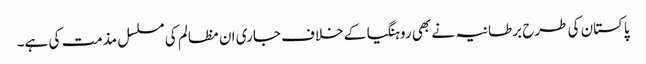
پاکستان کی طرح برطانیہ نے بھی روہنگیا کے خلاف جاری ان مظالم کی مسلسل مذمت کی ہے۔